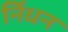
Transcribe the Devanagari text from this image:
र्निधन